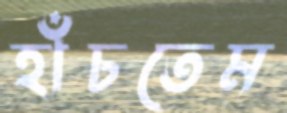
হাঁচতেম